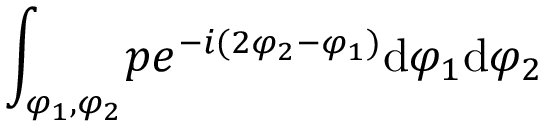
\int _ { \varphi _ { 1 } , \varphi _ { 2 } } \! p e ^ { - i ( 2 \varphi _ { 2 } - \varphi _ { 1 } ) } \mathrm { d } \varphi _ { 1 } \mathrm { d } \varphi _ { 2 }